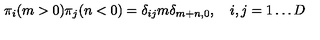
\pi _ { i } ( m > 0 ) \pi _ { j } ( n < 0 ) = \delta _ { i j } m \delta _ { m + n , 0 } , \quad i , j = 1 \dots D